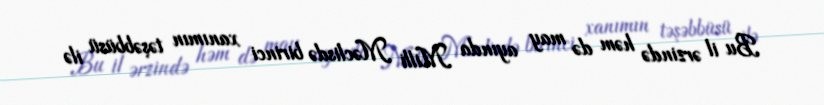
Bu il ərzində həm də may ayında Milli Məclisdə birinci xanımın təşəbbüsü ilə